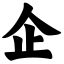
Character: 企